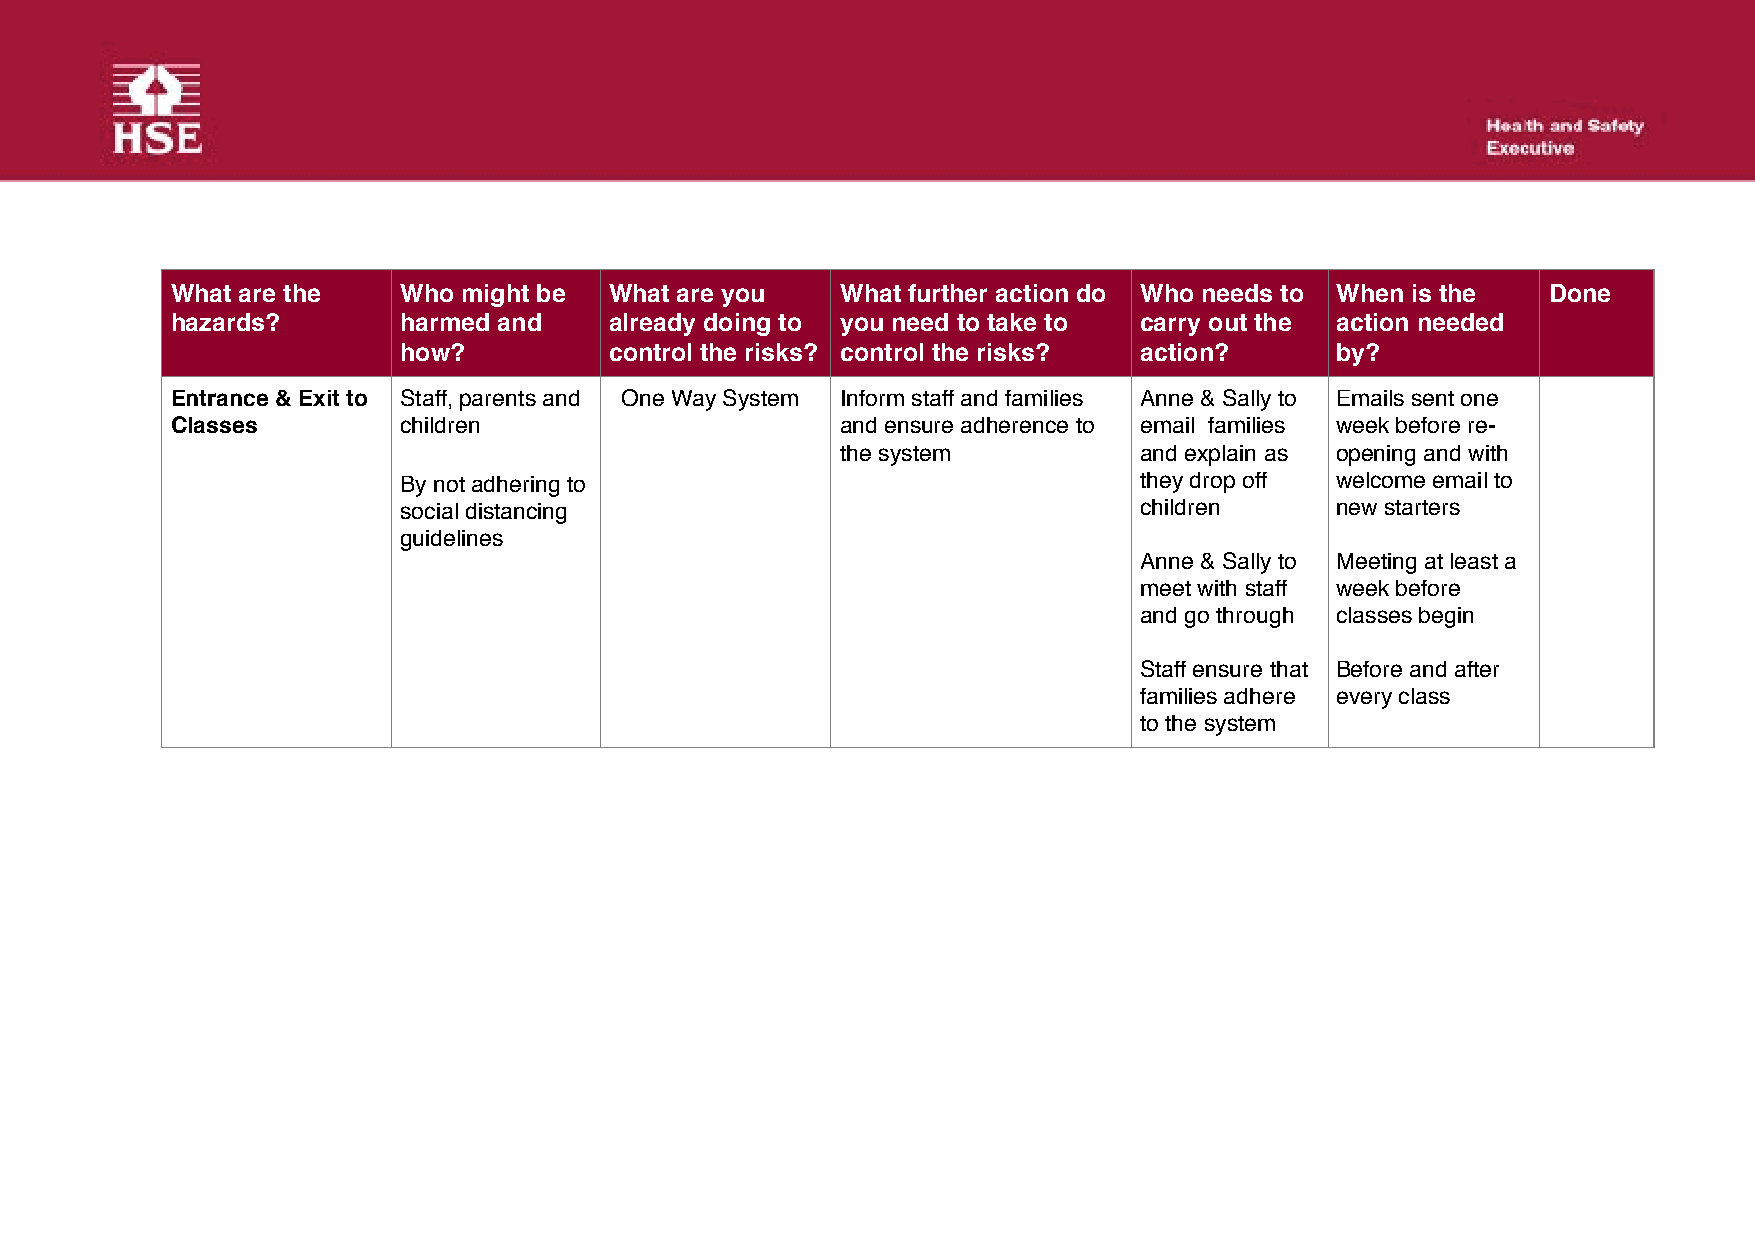
What are the   Who  might be What are you    What further action do Who needs to When is the Done
 hazards?       harmed and    already doing to you need to take to carry out the action needed
 how?          control the risks? control the risks? action?   by?
 Entrance & Exit to Staff, parents and One Way System Inform staff and families Anne & Sally to Emails sent one
 Classes        children                      and ensure adherence to email families week before re-
 the system         and explain as opening and with
 By not adhering to                               they drop off welcome email to
 social distancing                                children     new starters
 guidelines
 Anne & Sally to Meeting at least a
 meet with staff week before
 and go through classes begin
 Staff ensure that Before and after
 families adhere every class
 to the system